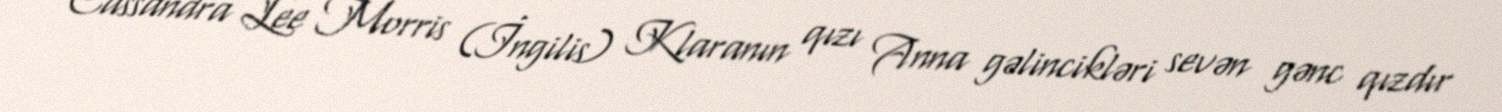
Cassandra Lee Morris (İngilis) Klaranın qızı Anna gəlincikləri sevən gənc qızdır